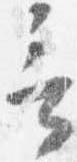
言